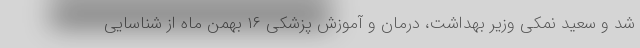
شد و سعید نمکی وزیر بهداشت، درمان و آموزش پزشکی ۱۶ بهمن ماه از شناسایی